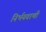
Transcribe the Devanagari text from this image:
निर्भयवाणी